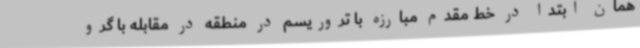
همان ابتدا در خط مقدم مبارزه با تروریسم در منطقه در مقابله با گرو